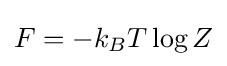
F=-k_{B}T\log Z